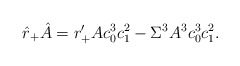
\begin{align*}\hat{r}_+ \hat{A} = r'_+ A c_0^3 c_1^2 - \Sigma^3 A^3 c_0^3 c_1^2.\end{align*}